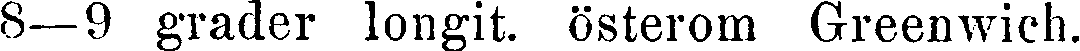
8—9 grader longit, österom Greenwich.